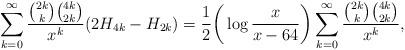
LaTeX: \begin{align*}&\sum_{k=0}^{\infty}\frac{\binom{2k}{k}\binom{4k}{2k}}{x^k}(2H_{4k}-H_{2k})=\frac{1}{2}\bigg(\log\frac{x}{x-64}\bigg)\sum_{k=0}^{\infty}\frac{\binom{2k}{k}\binom{4k}{2k}}{x^k},\end{align*}